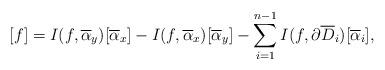
LaTeX: \begin{align*}[f]&=I(f, \overline{\alpha}_y) [\overline{\alpha}_x]- I(f, \overline{\alpha}_x) [\overline{\alpha}_y]- \sum_{i = 1}^{n-1} I(f, \partial \overline{D}_i)[\overline{\alpha}_i],\end{align*}